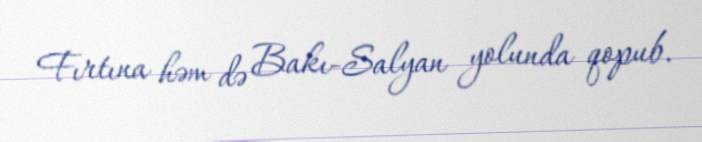
Fırtına həm də Bakı-Salyan yolunda qopub.